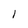
Character: l